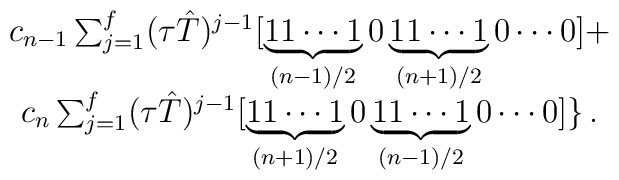
\begin{array}{c} c_{n-1}\sum_{j=1}\sp {f} (\tau\hat T)\sp {j-1}[\underbrace{11\cdots1}_{(n-1)/2}0\underbrace{11\cdots1}_{(n+1)/2}0\cdots0] +\\ c_n\sum_{j=1}\sp {f}(\tau\hat T)\sp{j-1}[\underbrace{11\cdots1}_{(n+1)/2}0\underbrace{11\cdots1}_{(n-1)/2}0\cdots0]\}\,. \end{array}